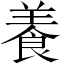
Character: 養